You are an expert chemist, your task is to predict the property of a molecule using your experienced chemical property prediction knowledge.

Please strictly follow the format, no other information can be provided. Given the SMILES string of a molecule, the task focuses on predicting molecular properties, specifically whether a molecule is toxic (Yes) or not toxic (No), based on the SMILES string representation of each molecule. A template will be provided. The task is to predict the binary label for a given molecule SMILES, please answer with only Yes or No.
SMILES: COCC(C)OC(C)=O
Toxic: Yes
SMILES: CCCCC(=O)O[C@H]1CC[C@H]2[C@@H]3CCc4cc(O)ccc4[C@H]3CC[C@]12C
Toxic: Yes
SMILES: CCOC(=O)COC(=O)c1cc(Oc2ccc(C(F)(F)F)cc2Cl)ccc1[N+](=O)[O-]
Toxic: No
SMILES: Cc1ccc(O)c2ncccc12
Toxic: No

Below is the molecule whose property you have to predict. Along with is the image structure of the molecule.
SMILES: CN1CC[C@@]23CCCC[C@@H]2[C@@H]1Cc1ccc(O)cc13
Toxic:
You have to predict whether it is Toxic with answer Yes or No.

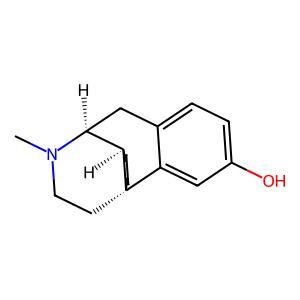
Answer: Yes